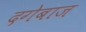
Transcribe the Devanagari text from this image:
दगेबाज